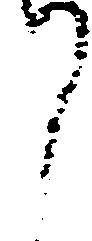
て